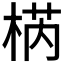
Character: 𣓃